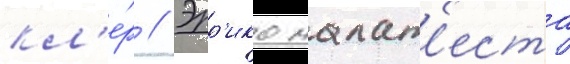
кл'е́р // Эрр'ико малат'еста